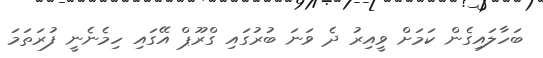
ބަހާލައިގެން ކަމަށް ވީއިރު ދެ ވަނަ ބުރުގައި ގްރޫޕް އޭގައި ހިމެނެނީ ފުރަތަމަ